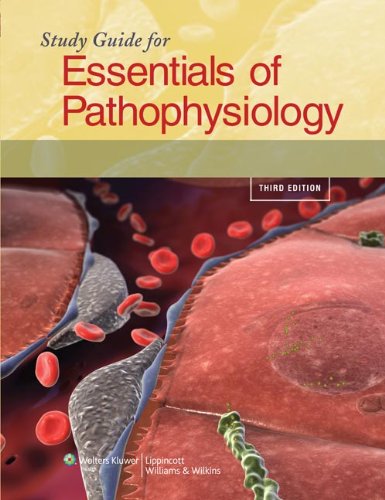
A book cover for Study Guide for Essentials of Pathophysiology: Concepts of Altered Health States; Carol M. Porth PhD  MSN; Medical Books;